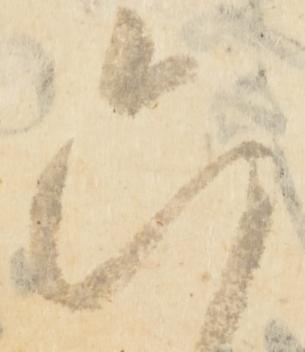
六